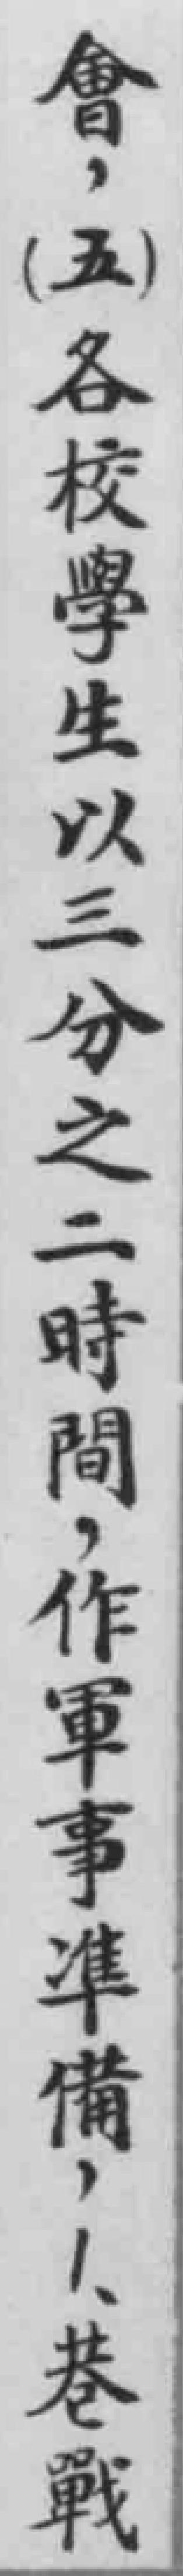
會，（五）各校學生以三分之二時間，作軍事準備，1.巷戰